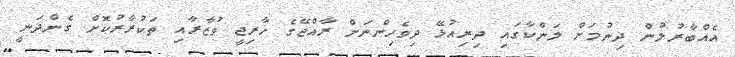
އެއްބާރުލުން ދިނުމަށް ލަންކާގައި ދިރިއުޅޭ ދިވެހިންނަށް ރާއްޖޭގެ ޚާރިޖީ ވުޒާރާއި ތަކުރާރުކޮށް ގެންދަނީ